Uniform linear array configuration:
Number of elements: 24
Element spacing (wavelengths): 1
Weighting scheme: kaiser
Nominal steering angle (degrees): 60
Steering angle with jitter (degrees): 61.204
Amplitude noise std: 0.05
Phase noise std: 0.05

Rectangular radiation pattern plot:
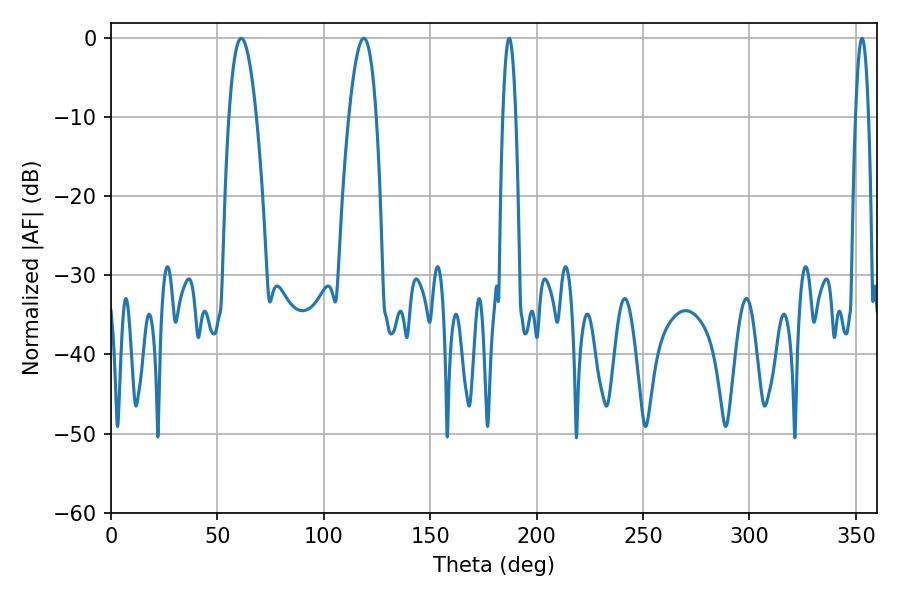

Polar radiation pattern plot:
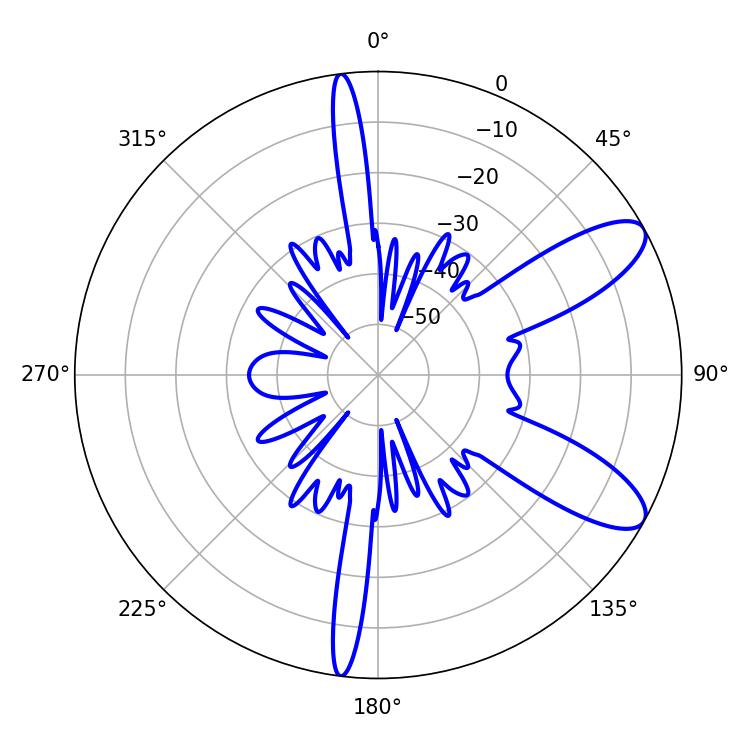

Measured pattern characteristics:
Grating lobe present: TRUE
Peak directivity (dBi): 9.614
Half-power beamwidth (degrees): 7.02
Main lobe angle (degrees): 61.2